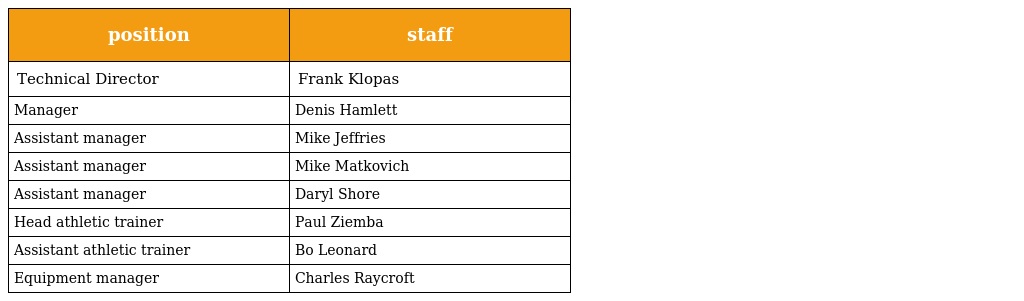
| position | staff |
 | --- | --- |
 | Technical Director | Frank Klopas |
 | Manager | Denis Hamlett |
 | Assistant manager | Mike Jeffries |
 | Assistant manager | Mike Matkovich |
 | Assistant manager | Daryl Shore |
 | Head athletic trainer | Paul Ziemba |
 | Assistant athletic trainer | Bo Leonard |
 | Equipment manager | Charles Raycroft |